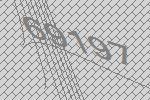
69197